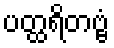
ပတ္ထရိတဗ္ဗံ